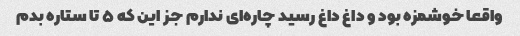
واقعا خوشمزه بود و داغ داغ رسید چاره‌ای ندارم جز این که ۵ تا ستاره بدم